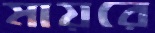
মায়রে